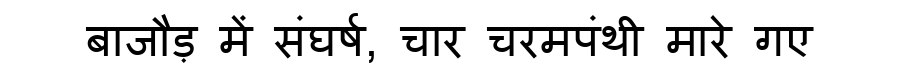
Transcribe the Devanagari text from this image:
बाजौड़ में संघर्ष, चार चरमपंथी मारे गए